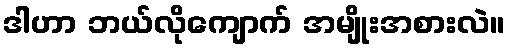
ဒါဟာ ဘယ်လိုကျောက် အမျိုးအစားလဲ။